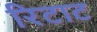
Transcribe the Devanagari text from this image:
रिटाट